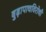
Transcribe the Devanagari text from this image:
बुढ़ापाचविरोधी